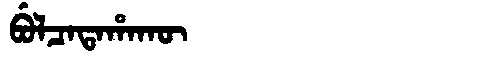
Manchu: ᠪᡠᠯᠴᠠᡨᠠᡥᠠᡴᡡ
Romanization: BULCATAHAKŪ